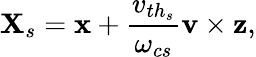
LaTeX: \textbf{X}_{s}=\mathbf{x}+\frac{v_{{th}_{s}}}{\omega_{cs}}\textbf{v}\times\mathbf{z},